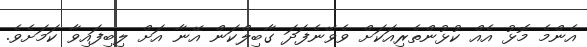
އެންމެ މޮޅު އެއް ކުޅުންތެރިއަކަށް ވެވޭނެފަދަ ގާބިލްކަން އޭނާ އަށް ލިބިފައިވާ ކަމަށެވެ.